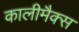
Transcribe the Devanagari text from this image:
कालीमैक्स